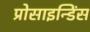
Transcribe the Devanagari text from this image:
प्रोसाइन्डिंस